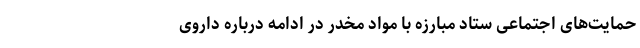
حمایت‌های اجتماعی ستاد مبارزه با مواد مخدر در ادامه درباره داروی